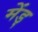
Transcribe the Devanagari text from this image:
मेंड्